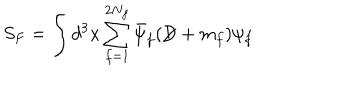
LaTeX: S _ { F } = \int d ^ { 3 } x \sum _ { f = 1 } ^ { 2 N _ { f } } \bar { \psi } _ { f } ( \not { \! \! D } + m _ { f } ) \psi _ { f }